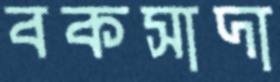
বকসাদা